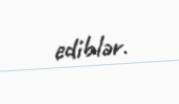
ediblər.